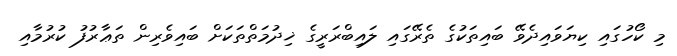
މި ކޯހުގައި ކިޔަވައިދެވޭ ބައިތަކުގެ ތެރޭގައި ލައިބްރަރީގެ ޚިދުމަތްތަކަށް ބައިވެރިން ތަޢާރުފު ކުރުމާއި